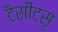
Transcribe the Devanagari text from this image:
टैसीटसृ